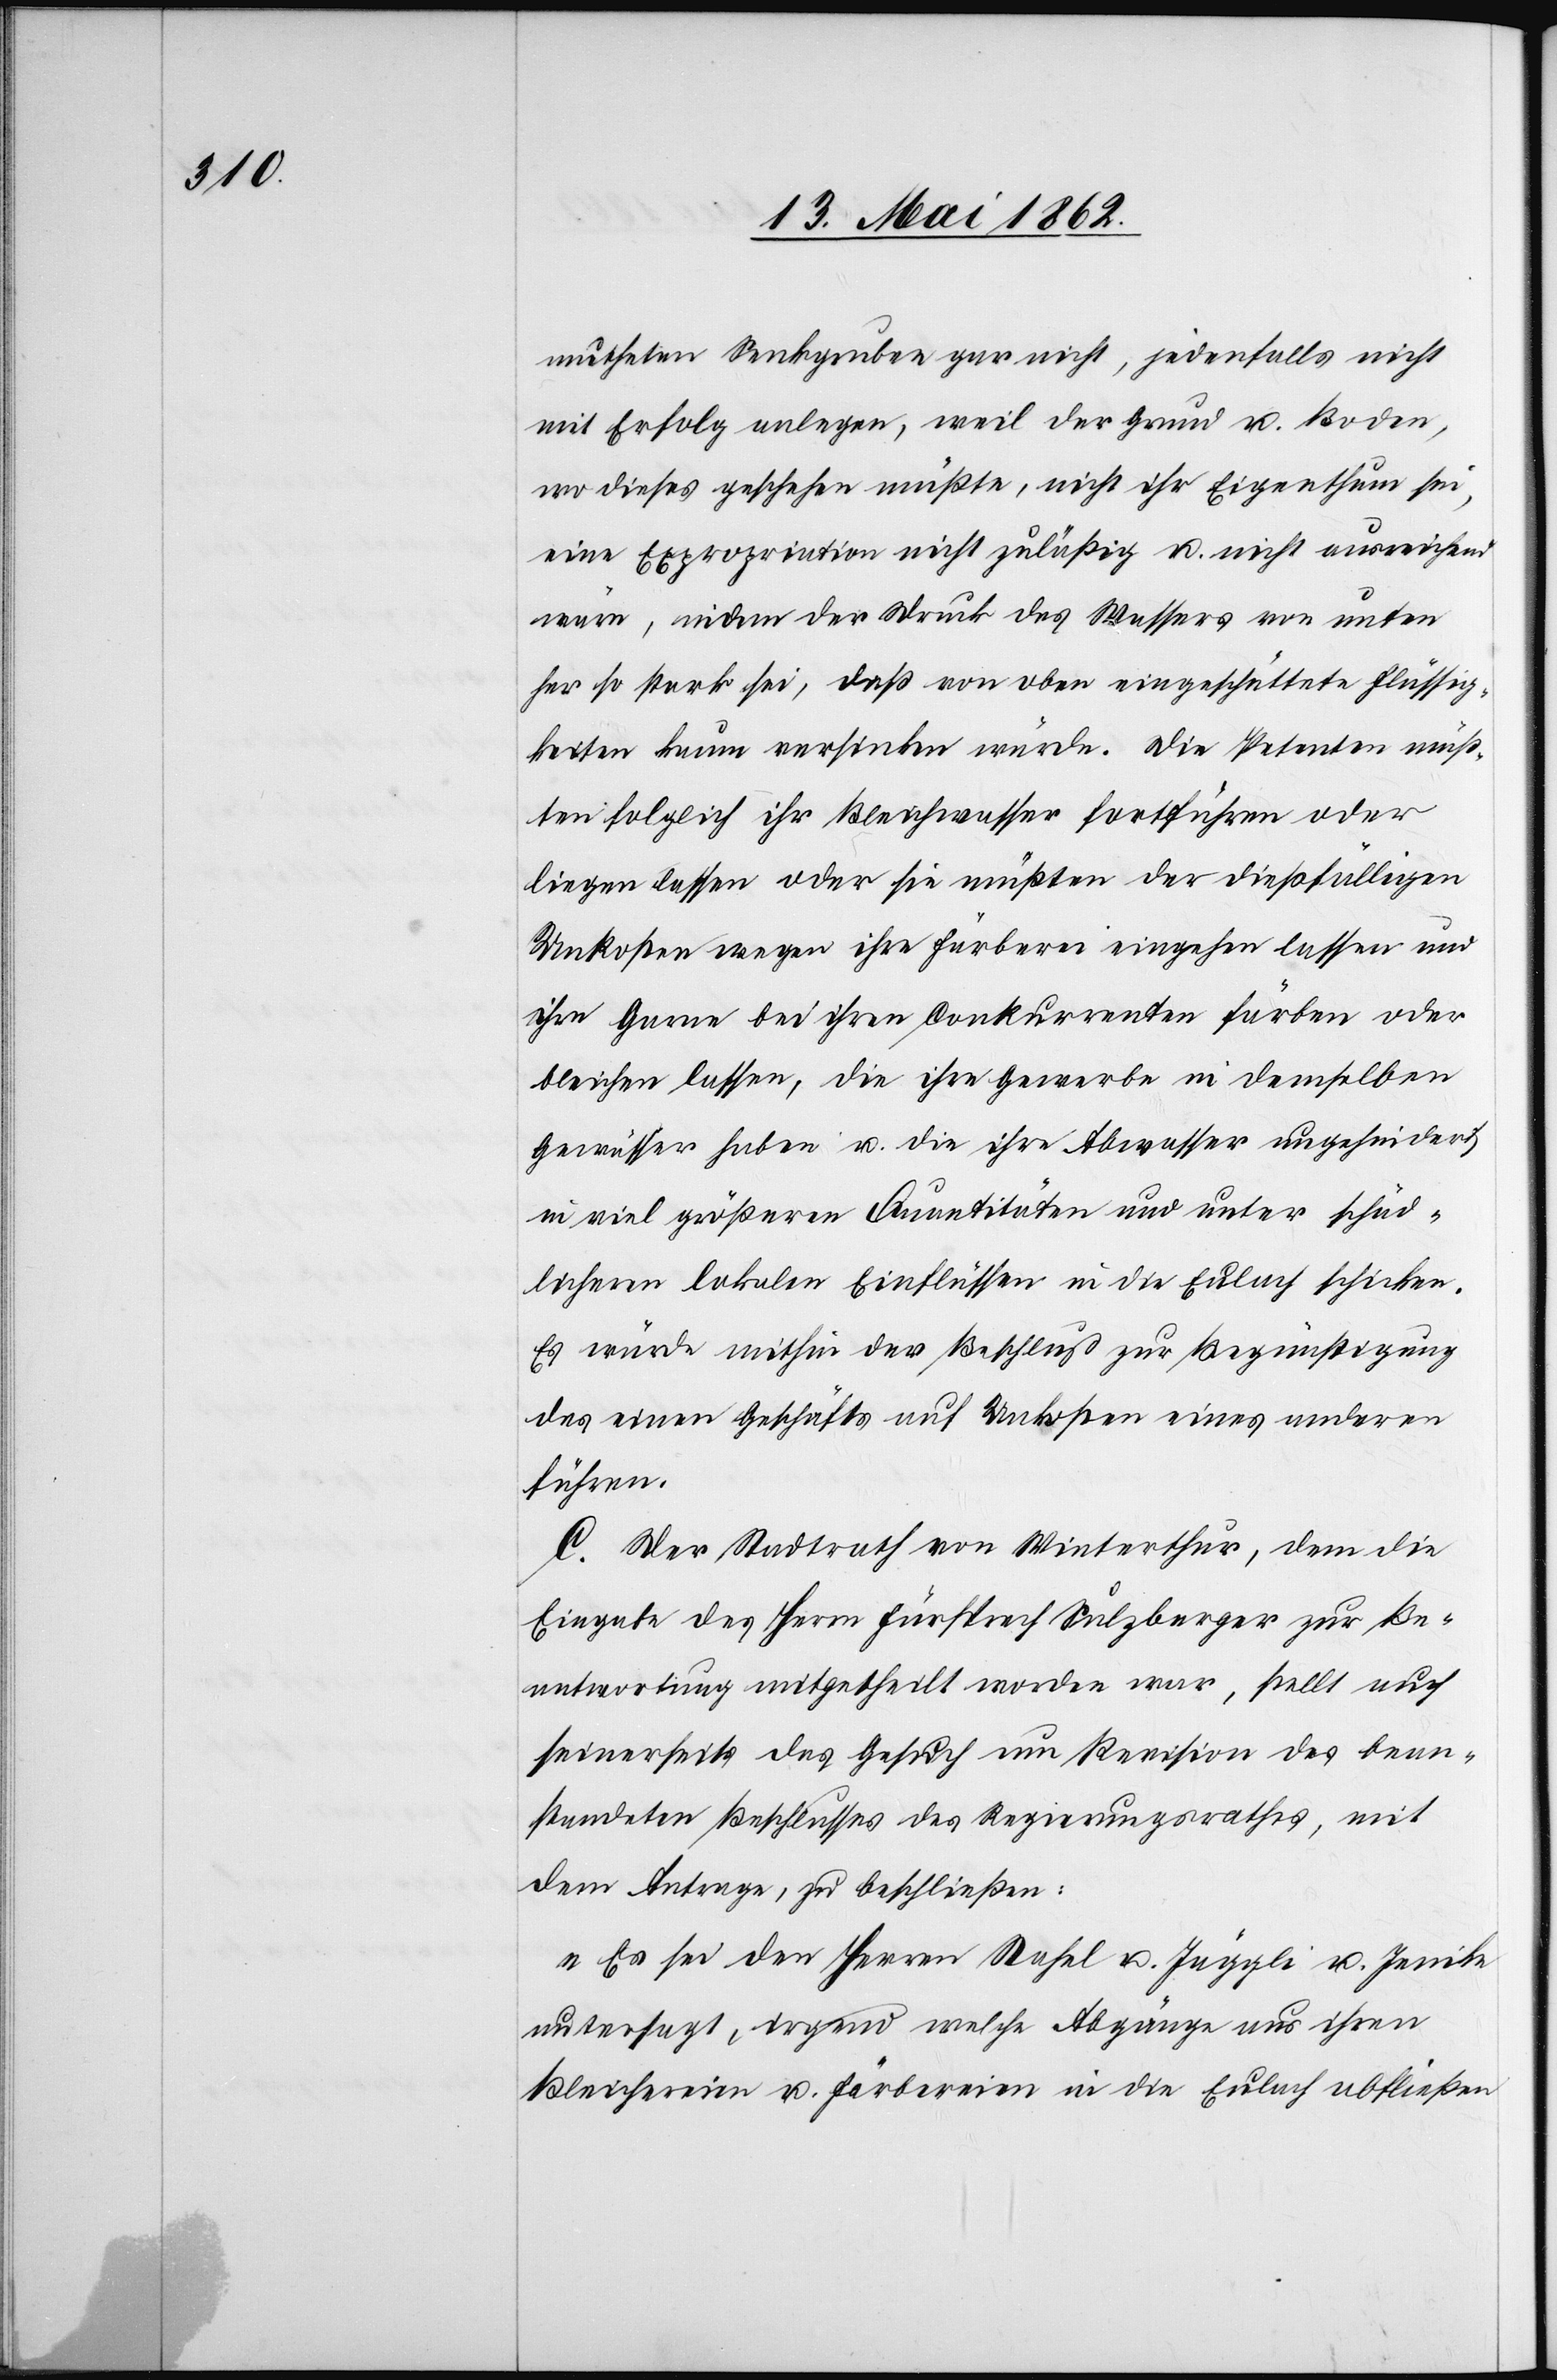
mutheten Senkgruben gar nicht, jedenfalls nicht
mit Erfolg anlegen, weil der Grund u. Boden,
wo dieses geschehen müßte, nicht ihr Eigenthum sei,
eine Expropriation nicht zuläßig u. nicht ausreichend
wäre, indem der Druck des Wassers von unten
her so stark sei, daß von oben eingeschüttete Flüssig¬
keiten kaum versinken würde. Die Petenten müß¬
ten folglich ihr Bleichwasser fortführen oder
liegen lassen oder sie müßten der dießfälligen
Unkosten wegen ihre Färberei eingehen lassen und
ihre Garne bei ihren Conkurrenten färben oder
bleichen lassen, die ihre Gewerbe in demselben
Gewässer haben u. die ihre Abwasser ungehindert
in viel größeren Quantitäten und unter schäd¬
licheren lokalen Einflüssen in die Eulach schicken.
Es würde mithin der Beschluß zur Begünstigung
des einen Geschäfts auf Unkosten eines anderen
führen.
C. Der Stadtrath von Winterthur, dem die
Eingabe des Herrn Fürsprech Sulzberger zur Be¬
antwortung mitgetheilt worden war, stellt auch
seinerseits das Gesuch um Revision des bean¬
standeten Beschlusses des Regierungsrathes, mit
dem Antrage, zu beschließen:
„Es sei den Herren Stahel u. Jäggli u. Jenike
untersagt, irgend welche Abgänge aus ihren
Bleichereien u. Färbereien in die Eulach abfließen